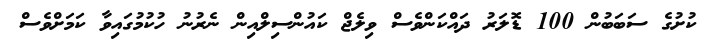
ކުށުގެ ސަބަބުން 100 ޑޮލަރު ދައްކަންވެސް ވިލެޖް ކައުންސިލްއިން ނެރުނު ހުކުމުގައިވާ ކަމަށްވެސް